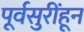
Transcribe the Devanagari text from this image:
पूर्वसुरींहून